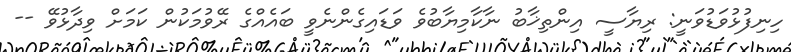
ހިނިފުޅުވަޑުވަނީ: ރިޔާސީ އިންތިޚާބު ނާކާމިޔާބުވެ ވަޑައިގެންނެވީ ބައެއްގެ ރޭވުމަކުން ކަމަށް ވިދާޅުވޭ --